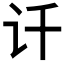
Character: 𰵋